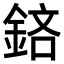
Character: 𨦽